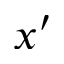
x ^ { \prime }